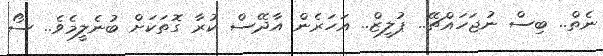
ނެތް.. ބިސް ނުޖަހައްޗޭ.. ޕުލީޒް.. އަހަރެން އާދޭސް ކުރާ ގޮތަކަށް ބުނެލީމެވެ.. ސޯ